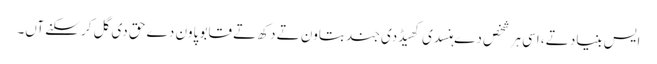
ایس بنیاد تے، اسی ہر شخص دے ہنسدی کھیڈدی جند بتاون تے دکھ تے قابو پاون دے حق دی گل کر سکنے آں۔